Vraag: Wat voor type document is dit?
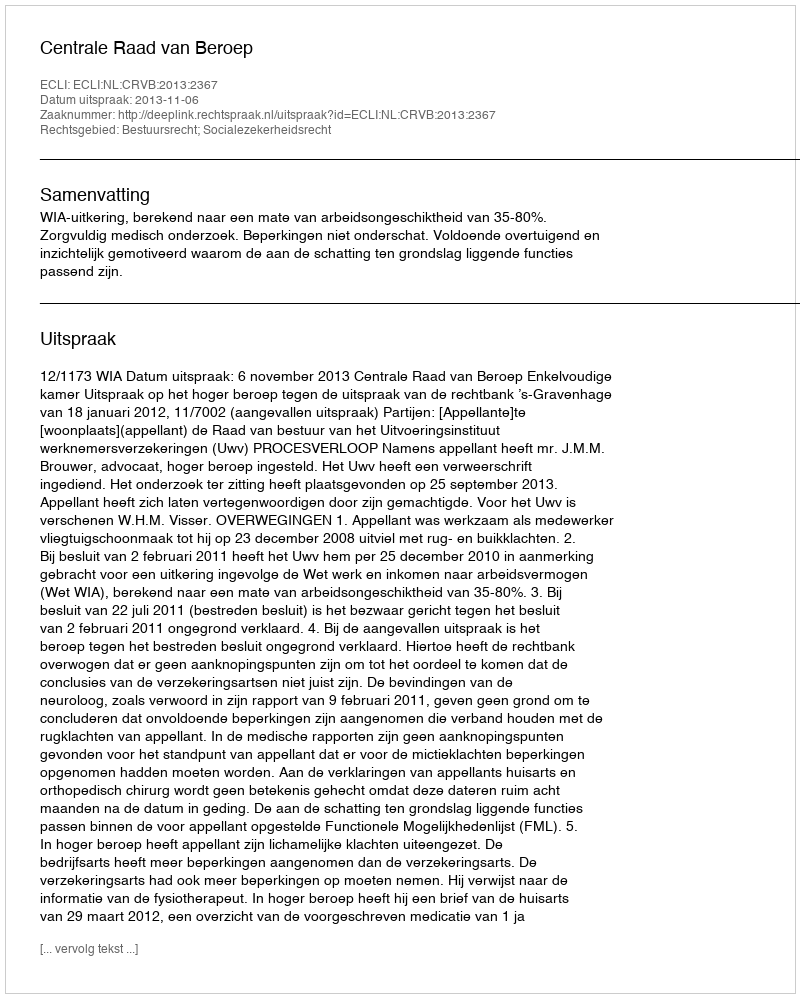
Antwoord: Uitspraak